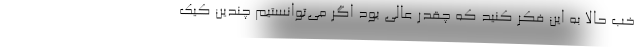
خب حالا به این فکر کنید که چقدر عالی بود اگر می‌توانستیم چندین کیک